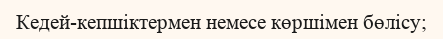
Кедей-кепшіктермен немесе көршімен бөлісу;